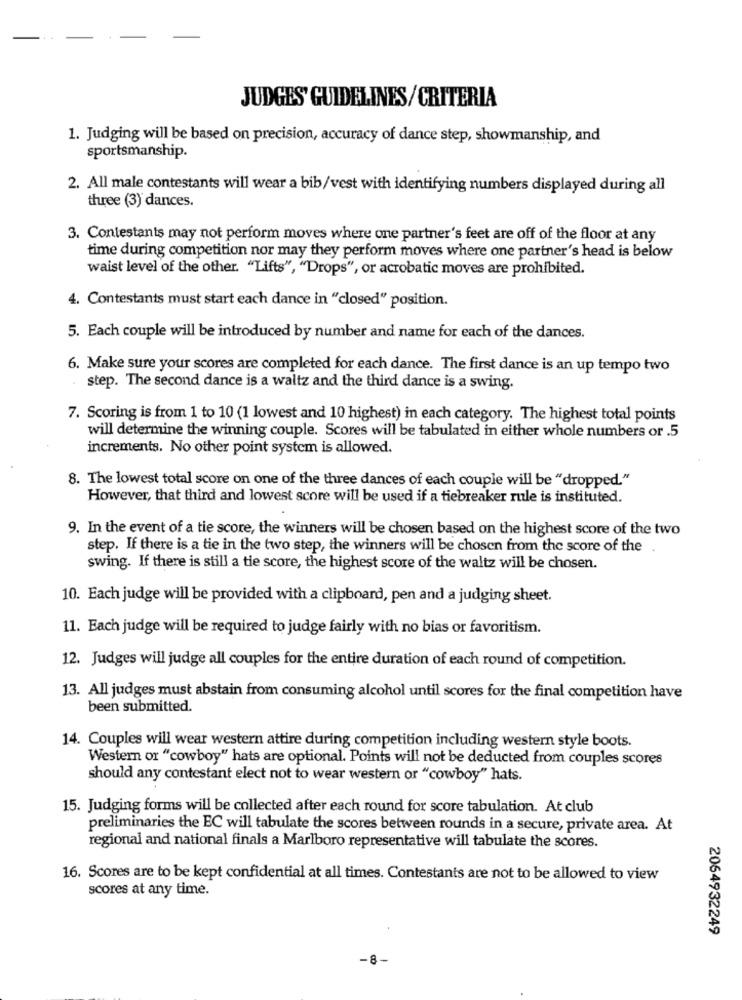
JUDGES' GUIDELINES / CRITERIA
1. Judging will be based on precision, accuracy of dance step, showmanship, and
sportsmanship.
2. All male contestants will wear a bib/vest with identifying numbers displayed during all
three (3) dances.
3. Contestants may not perform moves where one partner's feet are off of the floor at any
time during competition nor may they perform moves where one partner's head is below
waist level of the other. "Lifts", "Drops", or acrobatic moves are prohibited.
4. Contestants must start each dance in "closed" position.
5. Each couple will be introduced by number and name for each of the dances.
6. Make sure your scores are completed for each dance. The first dance is an up tempo two
step. The second dance is a waltz and the third dance is a swing.
7. Scoring is from 1 to 10 (1 lowest and 10 highest) in each category. The highest total points
will determine the winning couple. Scores will be tabulated in either whole numbers or .5
increments. No other point system is allowed.
8. The lowest total score on one of the three dances of each couple will be "dropped."
However, that third and lowest score will be used if a tiebreaker rule is instituted.
9. In the event of a tie score, the winners will be chosen based on the highest score of the two
step. If there is a tie in the two step, the winners will be chosen from the score of the
swing. If there is still a tie score, the highest score of the waltz will be chosen.
10. Each judge will be provided with a clipboard, pen and a judging sheet.
11. Each judge will be required to judge fairly with no bias or favoritism.
12. Judges will judge all couples for the entire duration of each round of competition.
13. All judges must abstain from consuming alcohol until scores for the final competition have
been submitted.
14. Couples will wear western attire during competition including western style boots.
Western or "cowboy" hats are optional. Points will not be deducted from couples scores
should any contestant elect not to wear western or "cowboy" hats.
15. Judging forms will be collected after each round for score tabulation. At club
preliminaries the EC will tabulate the scores between rounds in a secure, private area. At
regional and national finals a Marlboro representative will tabulate the scores.
16. Scores are to be kept confidential at all times. Contestants are not to be allowed to view
scores at any time.
2064932249